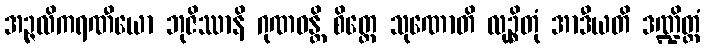
အဉ္ဇလိကရဏီယော ဘုဇိဿာနိ ဂုဏဝန္တိ စိတ္တေ သုဏောတိ လုဉ္စိတုံ အာဒီယတိ ဒဏ္ဍိတ္တံ